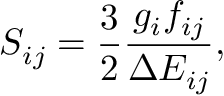
S _ { i j } = \frac { 3 } { 2 } \frac { g _ { i } f _ { i j } } { \Delta E _ { i j } } ,